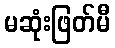
မဆုံးဖြတ်မီ